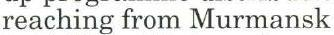
reaching from Murmansk